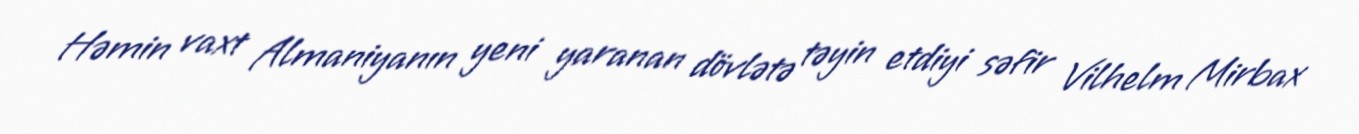
Həmin vaxt Almaniyanın yeni yaranan dövlətə təyin etdiyi səfir Vilhelm Mirbax